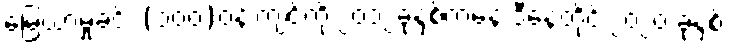
မြေယာမှုခင်း (၁၀၀)ဝန်းကျင်ကို ၂၀၁၂ခုနှစ်ကနေ ဒီနေ့တိုင် ၂၀၂၀ ခုနှစ်